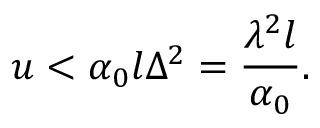
u < \alpha _ { 0 } l \Delta ^ { 2 } = \frac { \lambda ^ { 2 } l } { \alpha _ { 0 } } .